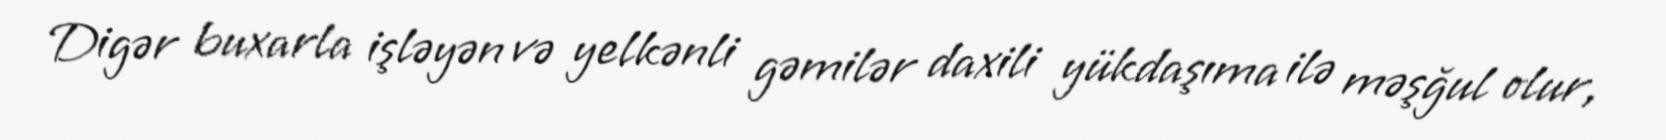
Digər buxarla işləyən və yelkənli gəmilər daxili yükdaşıma ilə məşğul olur,